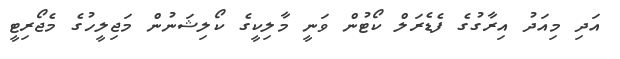
އަދި މިއަދު އިރާގުގެ ފެޑެރަލް ކޯޓުން ވަނީ މާލިކީގެ ކޯލިޝަނުން މަޖިލީހުގެ މެޖޯރިޓީ